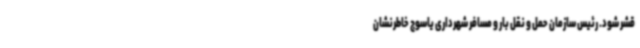
قشر شود. رئیس سازمان حمل و نقل بار و مسافر شهرداری یاسوج خاطرنشان